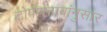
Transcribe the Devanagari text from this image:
टोपणनावांनुसार